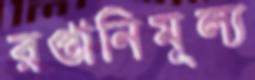
রপ্তানিমূল্য